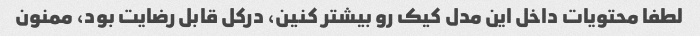
لطفا محتویات داخل این مدل کیک رو بیشتر کنین، درکل قابل رضایت بود، ممنون